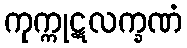
ကုက္ကုဋလက္ခဏံ